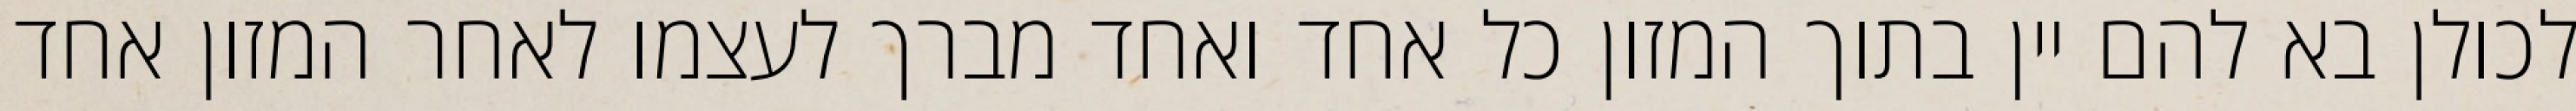
לכולן בא להם יין בתוך המזון כל אחד ואחד מברך לעצמו לאחר המזון אחד